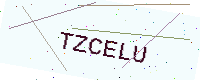
Text: TZCELU